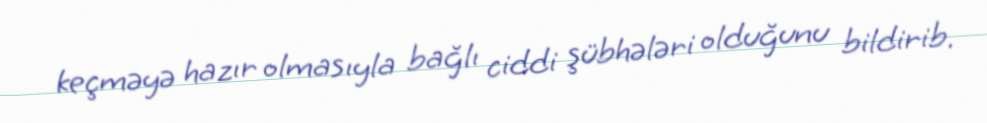
keçməyə hazır olmasıyla bağlı ciddi şübhələri olduğunu bildirib.